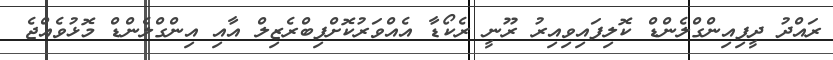
ރައްދު ދީފިއިންގްލެންޑް ކޮލިފައިވިއިރު ރޫނީ ރެކޯޑާ އެއްވަރުކޮށްފިބްރެޒިލް އާއި އިންގްލެންޑް މޮޅުވެއްޖެ